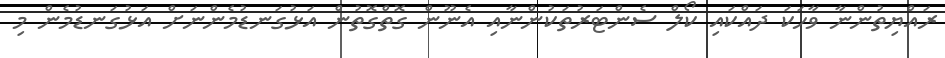
ރައްޔިތުންނާ ވާހަކަ ދައްކައި ކޯލް ސެންޓަރުތަކުންނާއި އެނޫން ގޮތްގޮތުން އަޅުގަނޑުމެންނަށް އަޅުގަނޑުމެން މި